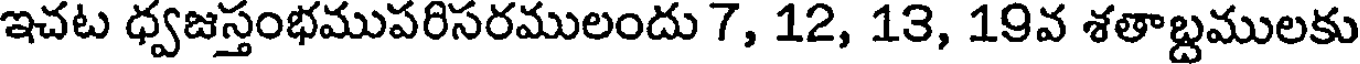
ఇచట ధ్వజస్తంభముపరిసరములందు 7, 12, 13, 19వ శతాబ్దములకు